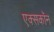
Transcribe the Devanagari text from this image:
एक्सकॉन